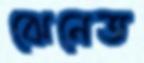
ঝেনেত